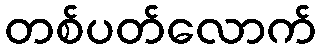
တစ်ပတ်လောက်